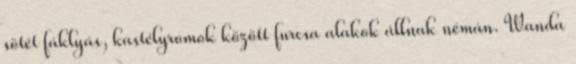
sötét fáklyás, kastélyromok között furcsa alakok állnak némán. Wanda